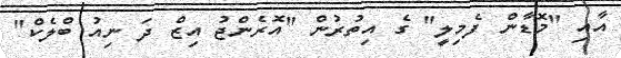
އާއި "މޮޑާން ފެމިލީ" ގެ އިތުރުން "އޮރެންޖު އިޒް ދަ ނިއު ބްލެކް"